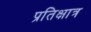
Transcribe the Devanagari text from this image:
प्रतिक्षात्र